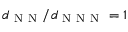
d _ { \mathrm { ~ N ~ N ~ } } / d _ { \mathrm { ~ N ~ N ~ N ~ } } = 1